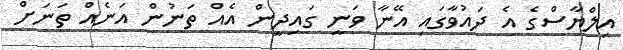
އިލްޔާސްގެ އެ ދައުވާގައި އޭނާ ވަނީ ގައިދީން އެއް ތަނުން އަނެއް ތަނަށް